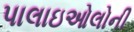
પાલાઇઓલોની